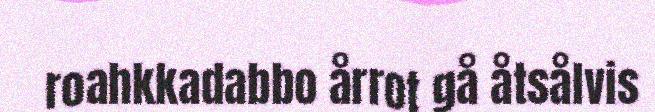
roahkkadabbo årrot gå åtsålvis